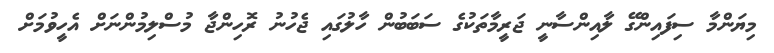
މިޔަންމާ ސިފައިންގޭ ލާއިންސާނީ ޖަރީމާތަކުގެ ސަބަބުން ހާލުގައި ޖެހުނު ރޮހިންޖާ މުސްލިމުންނަށް އެހީވުމަށް